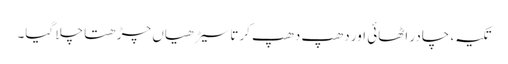
تکیہ، چادر اٹھائی اور دھپ دھپ کرتا سیڑھیاں چڑھتا چلا گیا۔